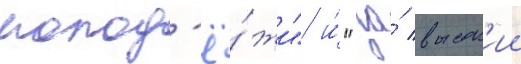
молод'ё́жи" и́ "за́ высок'ии